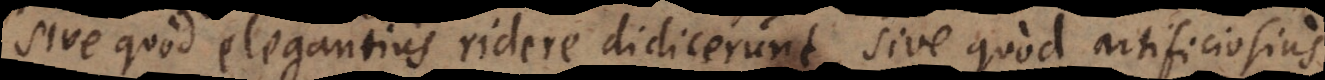
sive quod elegantius ridere didicerunt, sive quod artificiosius